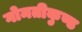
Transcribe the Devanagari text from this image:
गोमतीकुण्ड